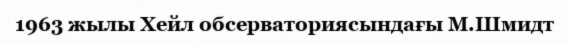
1963 жылы Хейл обсерваториясындағы М.Шмидт